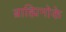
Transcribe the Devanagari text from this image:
ब्राह्मिनोके